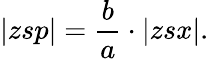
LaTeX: |zsp|={\frac{b}{a}}\cdot|zsx|.